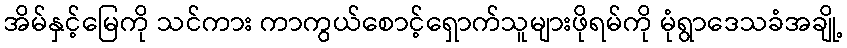
အိမ်နှင့်မြေကို သင်ကား ကာကွယ်စောင့်ရှောက်သူများဖိုရမ်ကို မုံရွာဒေသခံအချို့